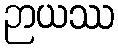
ဉာယဿ